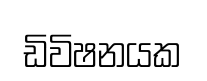
ඩිවිෂනයක